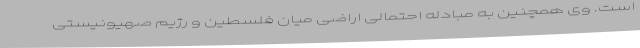
است. وی همچنین به مبادله احتمالی اراضی میان فلسطین و رژیم صهیونیستی